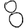
Digit: 8